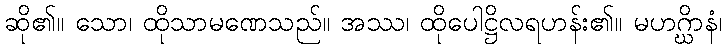
ဆို၏။ သော၊ ထိုသာမဏေသည်။ အဿ၊ ထိုပေါဋ္ဌိလရဟန်း၏။ မဟဂ္ဃိာနံ၊